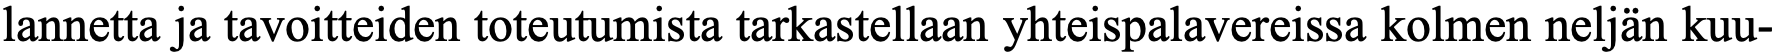
lannetta ja tavoitteiden toteutumista tarkastellaan yhteispalavereissa kolmen neljän kuu-